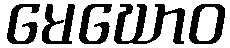
မေဃောဝ